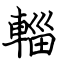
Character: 輜